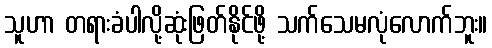
သူဟာ တရားခံပါလို့ဆုံးဖြတ်နိုင်ဖို့ သက်သေမလုံလောက်ဘူး။